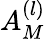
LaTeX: A_{M}^{(l)}